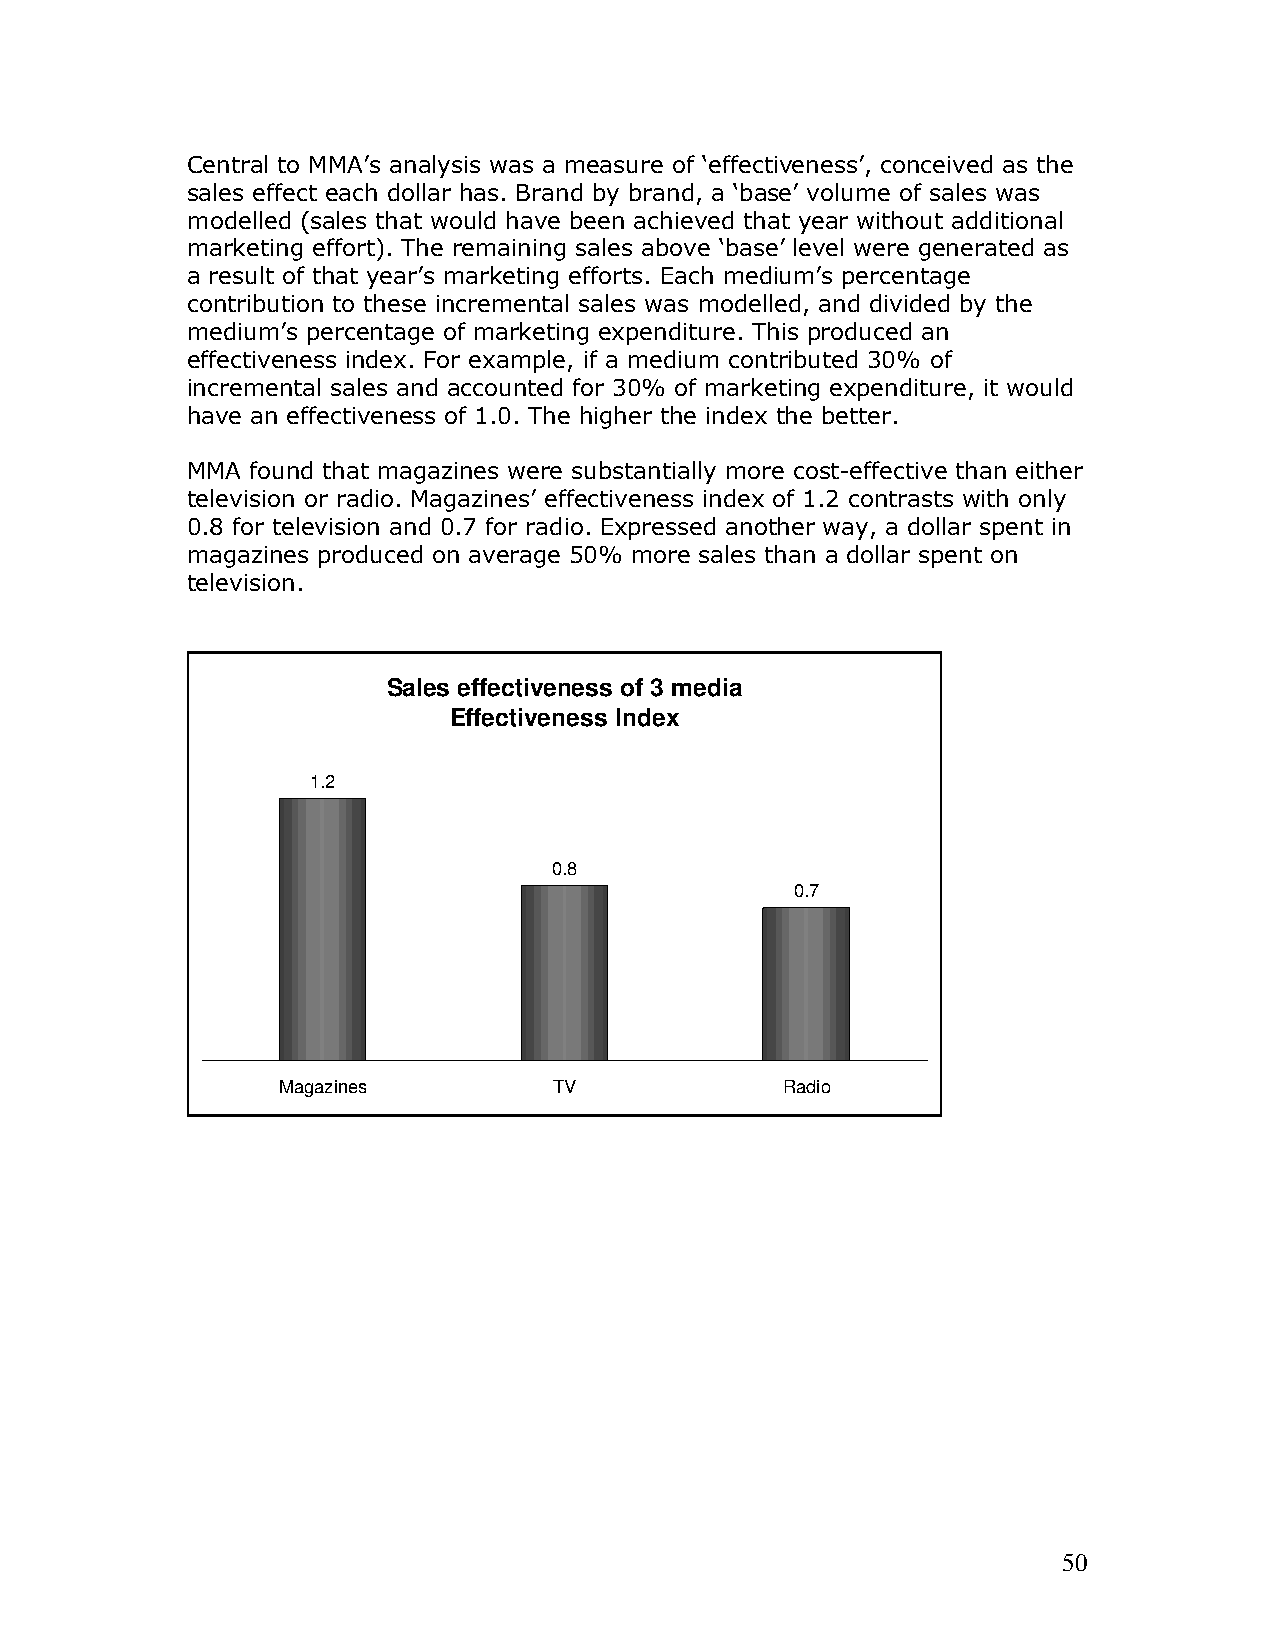
Central to MMA’s analysis was a measure of ‘effectiveness’, conceived as the
 sales effect each dollar has. Brand by brand, a ‘base’ volume of sales was
 modelled (sales that would have been achieved that year without additional
 marketing effort). The remaining sales above ‘base’ level were generated as
 a result of that year’s marketing efforts. Each medium’s percentage
 contribution to these incremental sales was modelled, and divided by the
 medium’s percentage of marketing expenditure. This produced an
 effectiveness index. For example, if a medium contributed 30% of
 incremental sales and accounted for 30% of marketing expenditure, it would
 have an effectiveness of 1.0. The higher the index the better.
 MMA  found that magazines were substantially more cost-effective than either
 television or radio. Magazines’ effectiveness index of 1.2 contrasts with only
 0.8 for television and 0.7 for radio. Expressed another way, a dollar spent in
 magazines produced on average 50% more sales than a dollar spent on
 television.
 Sales effectiveness of 3 media
 Effectiveness Index
 1.2
 0.8
 0.7
 Magazines          TV             Radio
 50